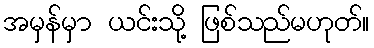
အမှန်မှာ ယင်းသို့ ဖြစ်သည်မဟုတ်။